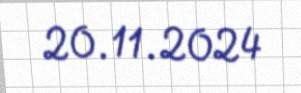
20.11.2024